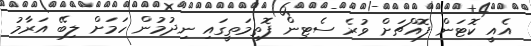
އެއީ ކޮޓަން ފޮއްޗަށް ވުރެ ސެޓިން ފޮތިމަތީގައި ނިދުމުން ހަމަށް ލިބޭ އަރާމު